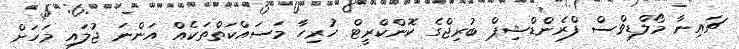
ޗައިނާ މޯލްޑިވްސް ފްރެންޑްޝިޕް ބުރިޖްގެ ކޮންކްރީޓް ހުރިހާ މަސައްކަތްތަކެއް އަންނަ ޖުލައި މަހަށް